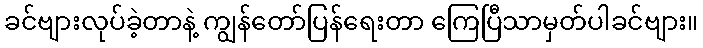
ခင်ဗျားလုပ်ခဲ့တာနဲ့ ကျွန်တော်ပြန်ရေးတာ ကြေပြီသာမှတ်ပါခင်ဗျား။